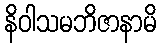
နိဝါသမဘိဇာနာမိ